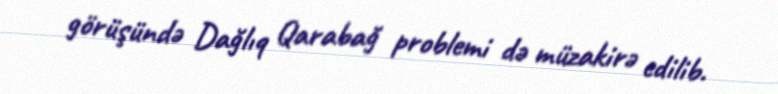
görüşündə Dağlıq Qarabağ problemi də müzakirə edilib.